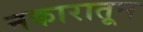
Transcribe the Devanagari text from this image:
नकारातून